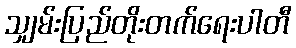
သျှမ်းပြည်တိုးတက်ရေးပါတီ